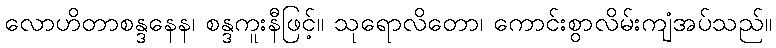
လောဟိတာစန္ဒနေန၊ စန္ဒကူးနီဖြင့်။ သုရောလိတော၊ ကောင်းစွာလိမ်းကျံအပ်သည်။